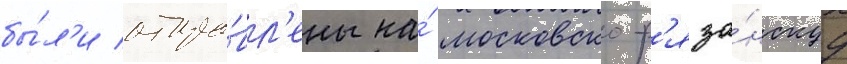
бы́л'и отпра́вл'ены на́ московско-р'яза́нскуу